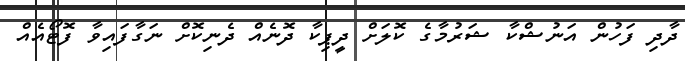
ދާދި ފަހުން އަނުޝްކާ ޝަރުމާގެ ކޮލަށް ދީޕިކާ ދޮނެއް ދެނިކޮށް ނަގާފައިވާ ފޮޓޯއެއް